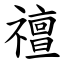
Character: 䄠